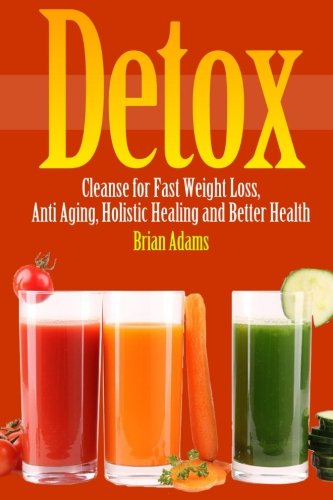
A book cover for Detox: Cleanse for Fast Weight Loss, Anti Aging, Holistic Healing, and Better Health; Brian Adams; Health, Fitness & Dieting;